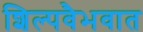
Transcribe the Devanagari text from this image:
शिल्पवैभवात